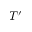
T ^ { \prime }